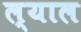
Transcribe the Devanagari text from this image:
ल्याल